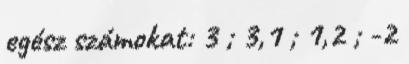
egész számokat: 3 ; 3,1 ; 1,2 ; -2